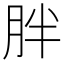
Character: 胖